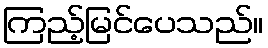
ကြည့်မြင်ပေသည်။